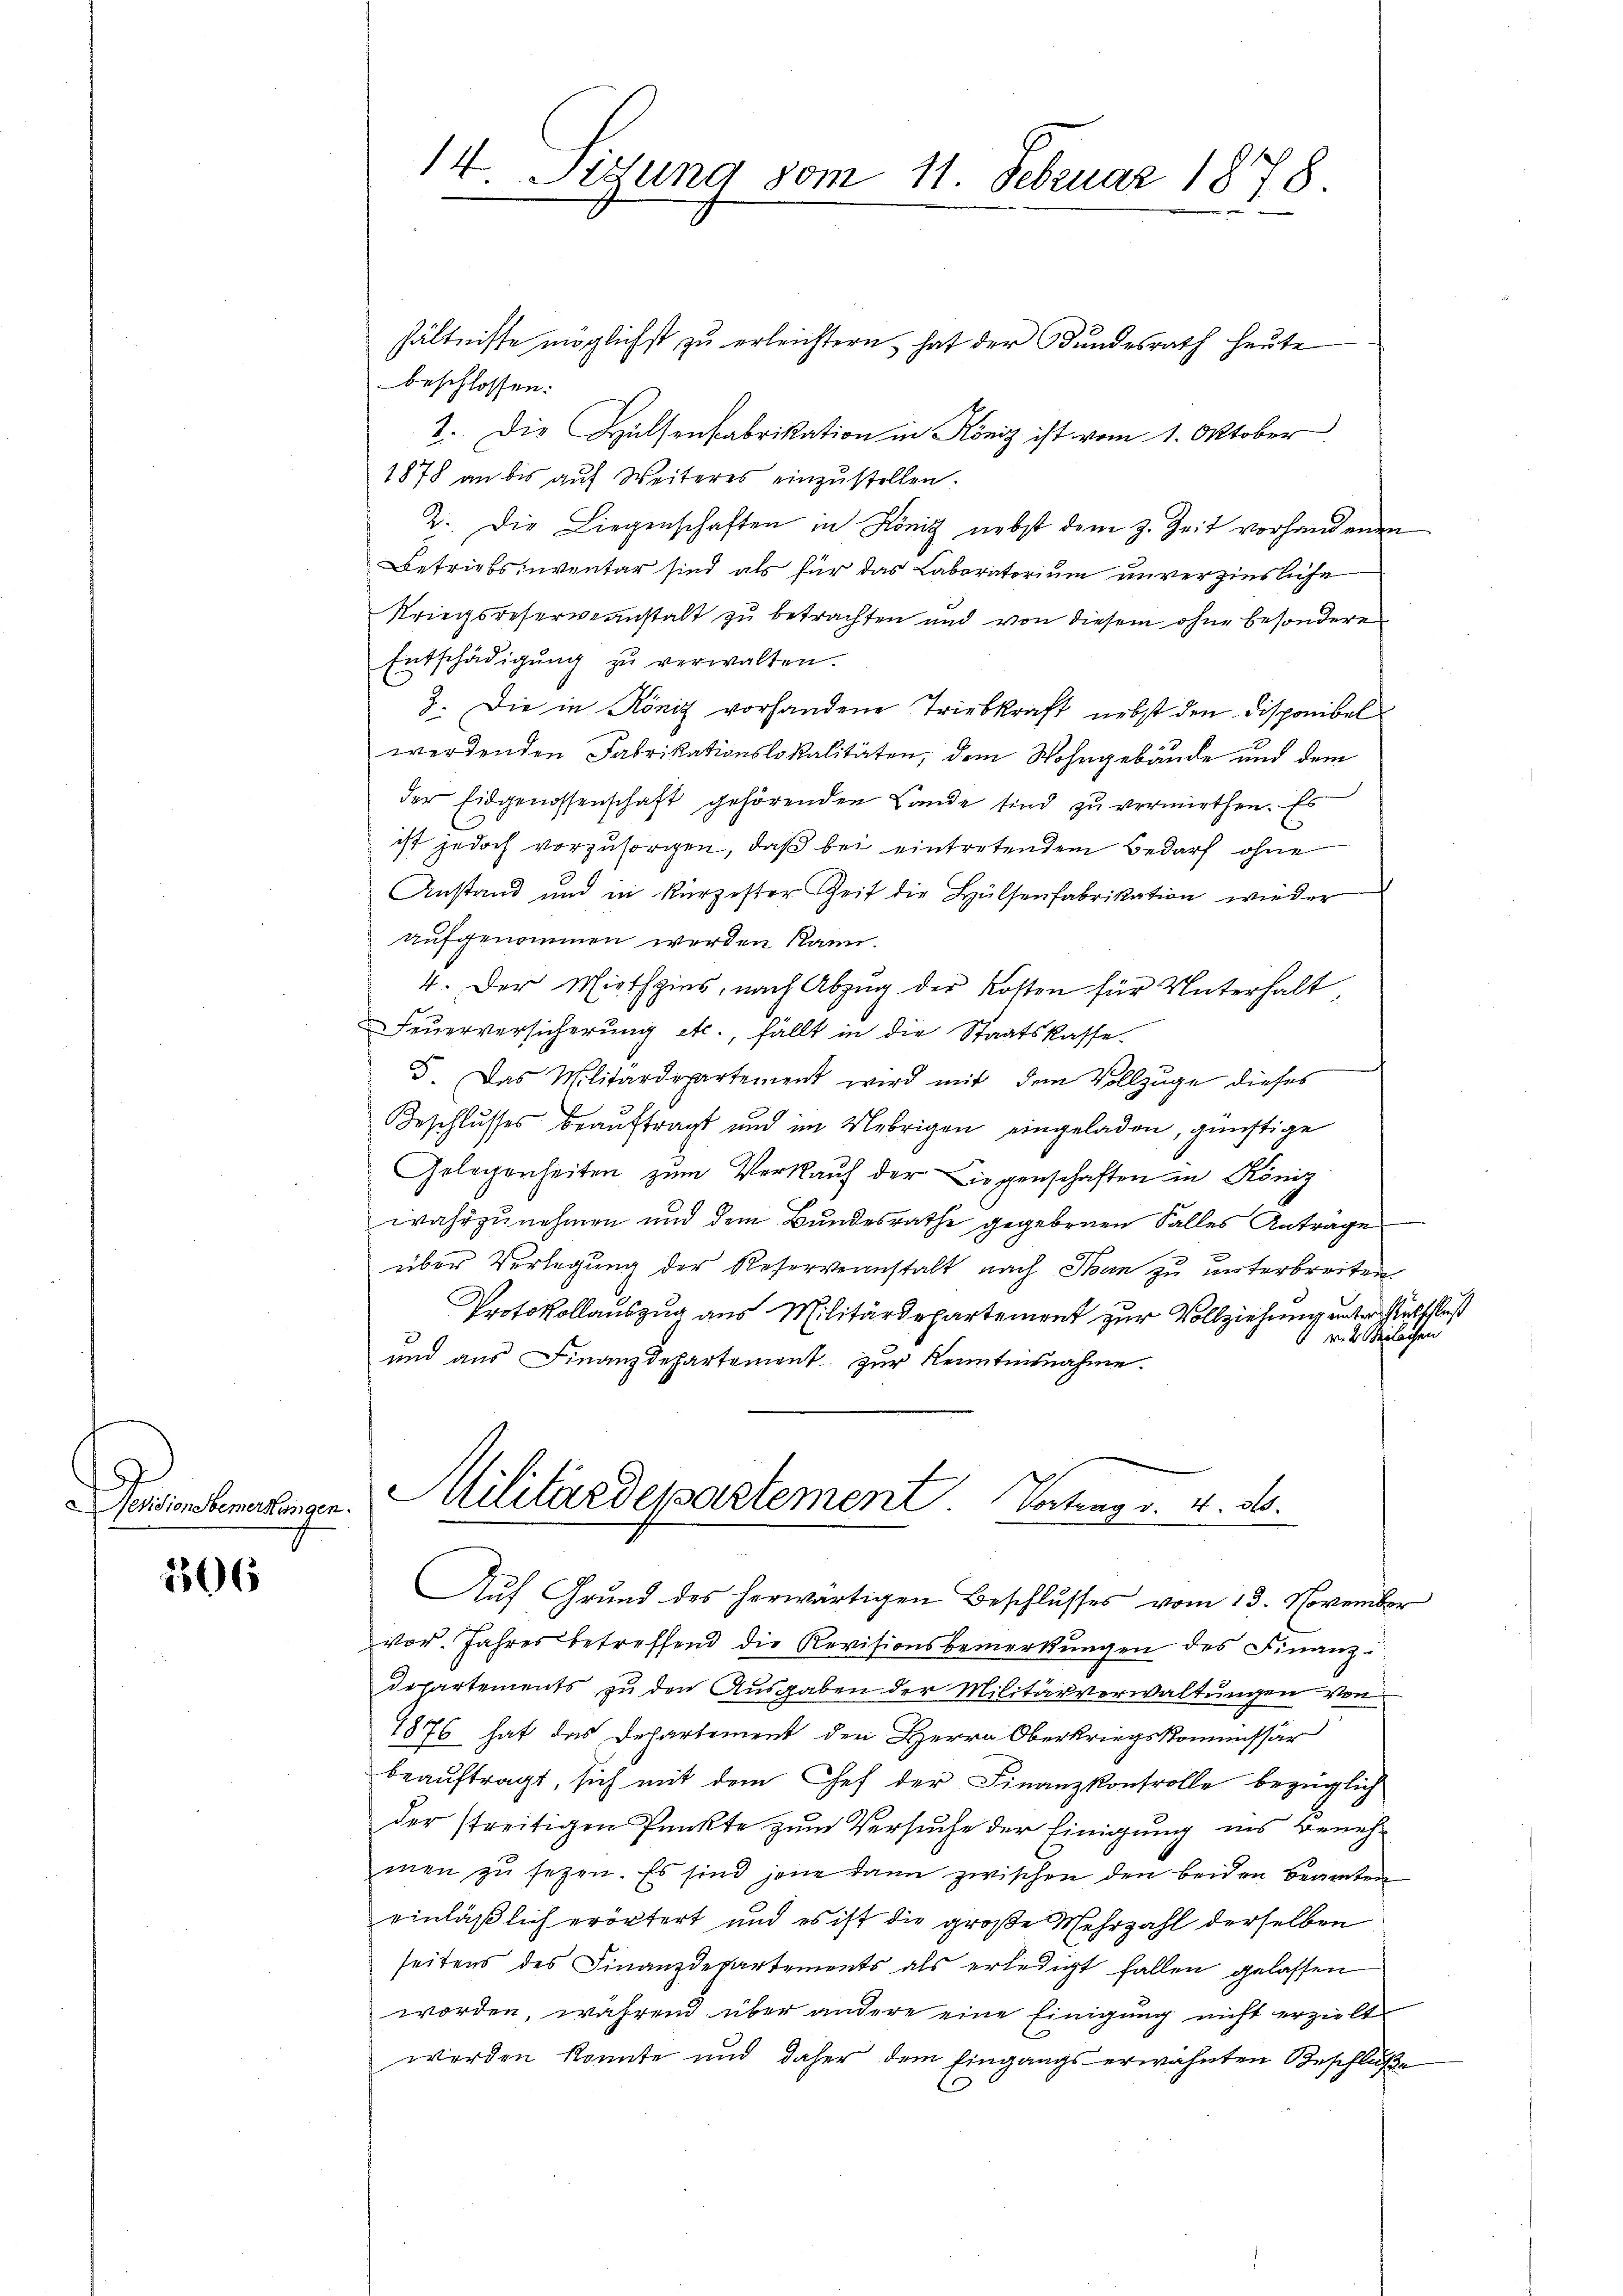
Pevisione bemerkungen

306

14 Sizung vom 11. Februar 1878.

hältnisse möglichst zu erleichtern hat der Bundesrath heute
beschlossen:
2. Die Hülsenfabrikation in Köniz ist vom 1. Oktober
1878 an bis aŭf Weiteres einzŭstellen.
2. Die Liegenschaften in König nebst dem z. Zeit vorhandenen
Betriebsinventar sind als für das Laboratorium unverzinsliche
Kriegsreserveanstalt zu betrachten und von diesem ohne besondere
Entschädigŭng zŭ verwalten.
2. Die in König vorhandene Triebkraft nebst den Disponibel
werdenden Fabrikationslokalitäten, dem Wohngebäude und dem
der Eidgenossenschaft gehörenden Lande sind zu vermiethen. Es
ist jedoch vorzusorgen, daß bei eintretenden Bedarf ohne
Anstand und in kürzester Zeit die Hülsenfabrikation wieder
aufgenommen werden kann.
4. Der Miethzins, nach Abzug der Kosten für Unterhalt,
Feuerversicherung etc., fällt in die Staatskasse¬
5. Das Militärdepartement wird mit dem Vollzüge dieses
Beschlusses beauftragt und im Uebrigen eingeladen, günstige
Gelegenheiten zum Verkauf der Liegenschaften in König
wahrzunehmen und dem Bundesrathe gegebenen Falles Antrage
über Verlegung der Reserveanstalt nach Thun zu unterbreiten
Protokollauszug aus Militärdepartement zur Vollziehung unter entschluß
 v. 2. erlochen
und aus Finanzdepartement zur Kenntnisnahme.
f
Militärdepartement. Vortrag v. 4. 30.
e
Auf Grund des herwärtigen Beschlusses vom 13. November
vor. Jahres betreffend die Revisionsbemerkungen des Finanz-
departements zu den Ausgaben der Militärverwaltungen von
1876 hat das Departement den Herrn Oberkriegskommissär
beauftragt, sich mit dem Chef der Finanzkontrolle bezüglich
der streitigen Punkte zum Versuche der Einigung ins Benehmen zŭ setzen. Es sind jene dann zwischen den beiden Beamten
einläßlich erörtert und es ist die große Mehrzahl derselben
seitens des Finanzdepartements als erledigt fallen gelassen
worden, während über andere eine Einigung nicht erzielt
werden konnte und daher dem Eingangs erwähnten Beschlüße